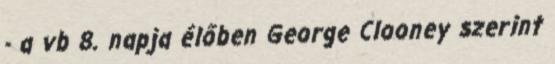
- a vb 8. napja élőben George Clooney szerint